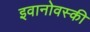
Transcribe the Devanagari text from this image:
इवानोवस्की